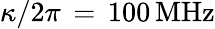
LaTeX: \kappa/2\pi\, =\, 100\, \mathrm{MHz}